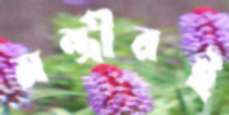
মন্ত্রীরই